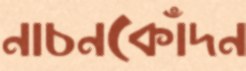
নাচনকোঁদন